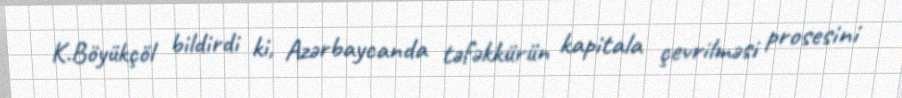
K.Böyükçöl bildirdi ki, Azərbaycanda təfəkkürün kapitala çevrilməsi prosesini